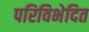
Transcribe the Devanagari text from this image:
परिविभेदित